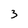
Character: 3